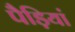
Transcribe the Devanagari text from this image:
पैड़ियां